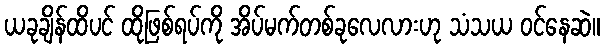
ယခုချိန်ထိပင် ထိုဖြစ်ရပ်ကို အိပ်မက်တစ်ခုလေလားဟု သံသယ ဝင်နေဆဲ။